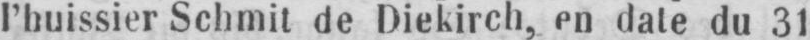
l’huissier Schmit de Diekirch, en date du 3l